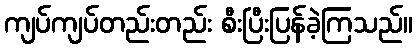
ကျပ်ကျပ်တည်းတည်း စီးပြီးပြန်ခဲ့ကြသည်။